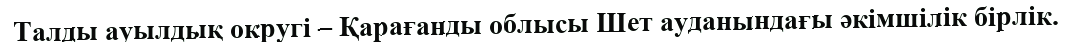
Талды ауылдық округі – Қарағанды облысы Шет ауданындағы әкімшілік бірлік.